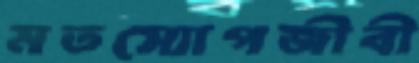
মতস্যোপজীবী